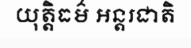
យុត្តិធម៌ អន្តរជាតិ